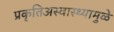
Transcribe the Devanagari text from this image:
प्रकृतिअस्वास्थ्यामुळे